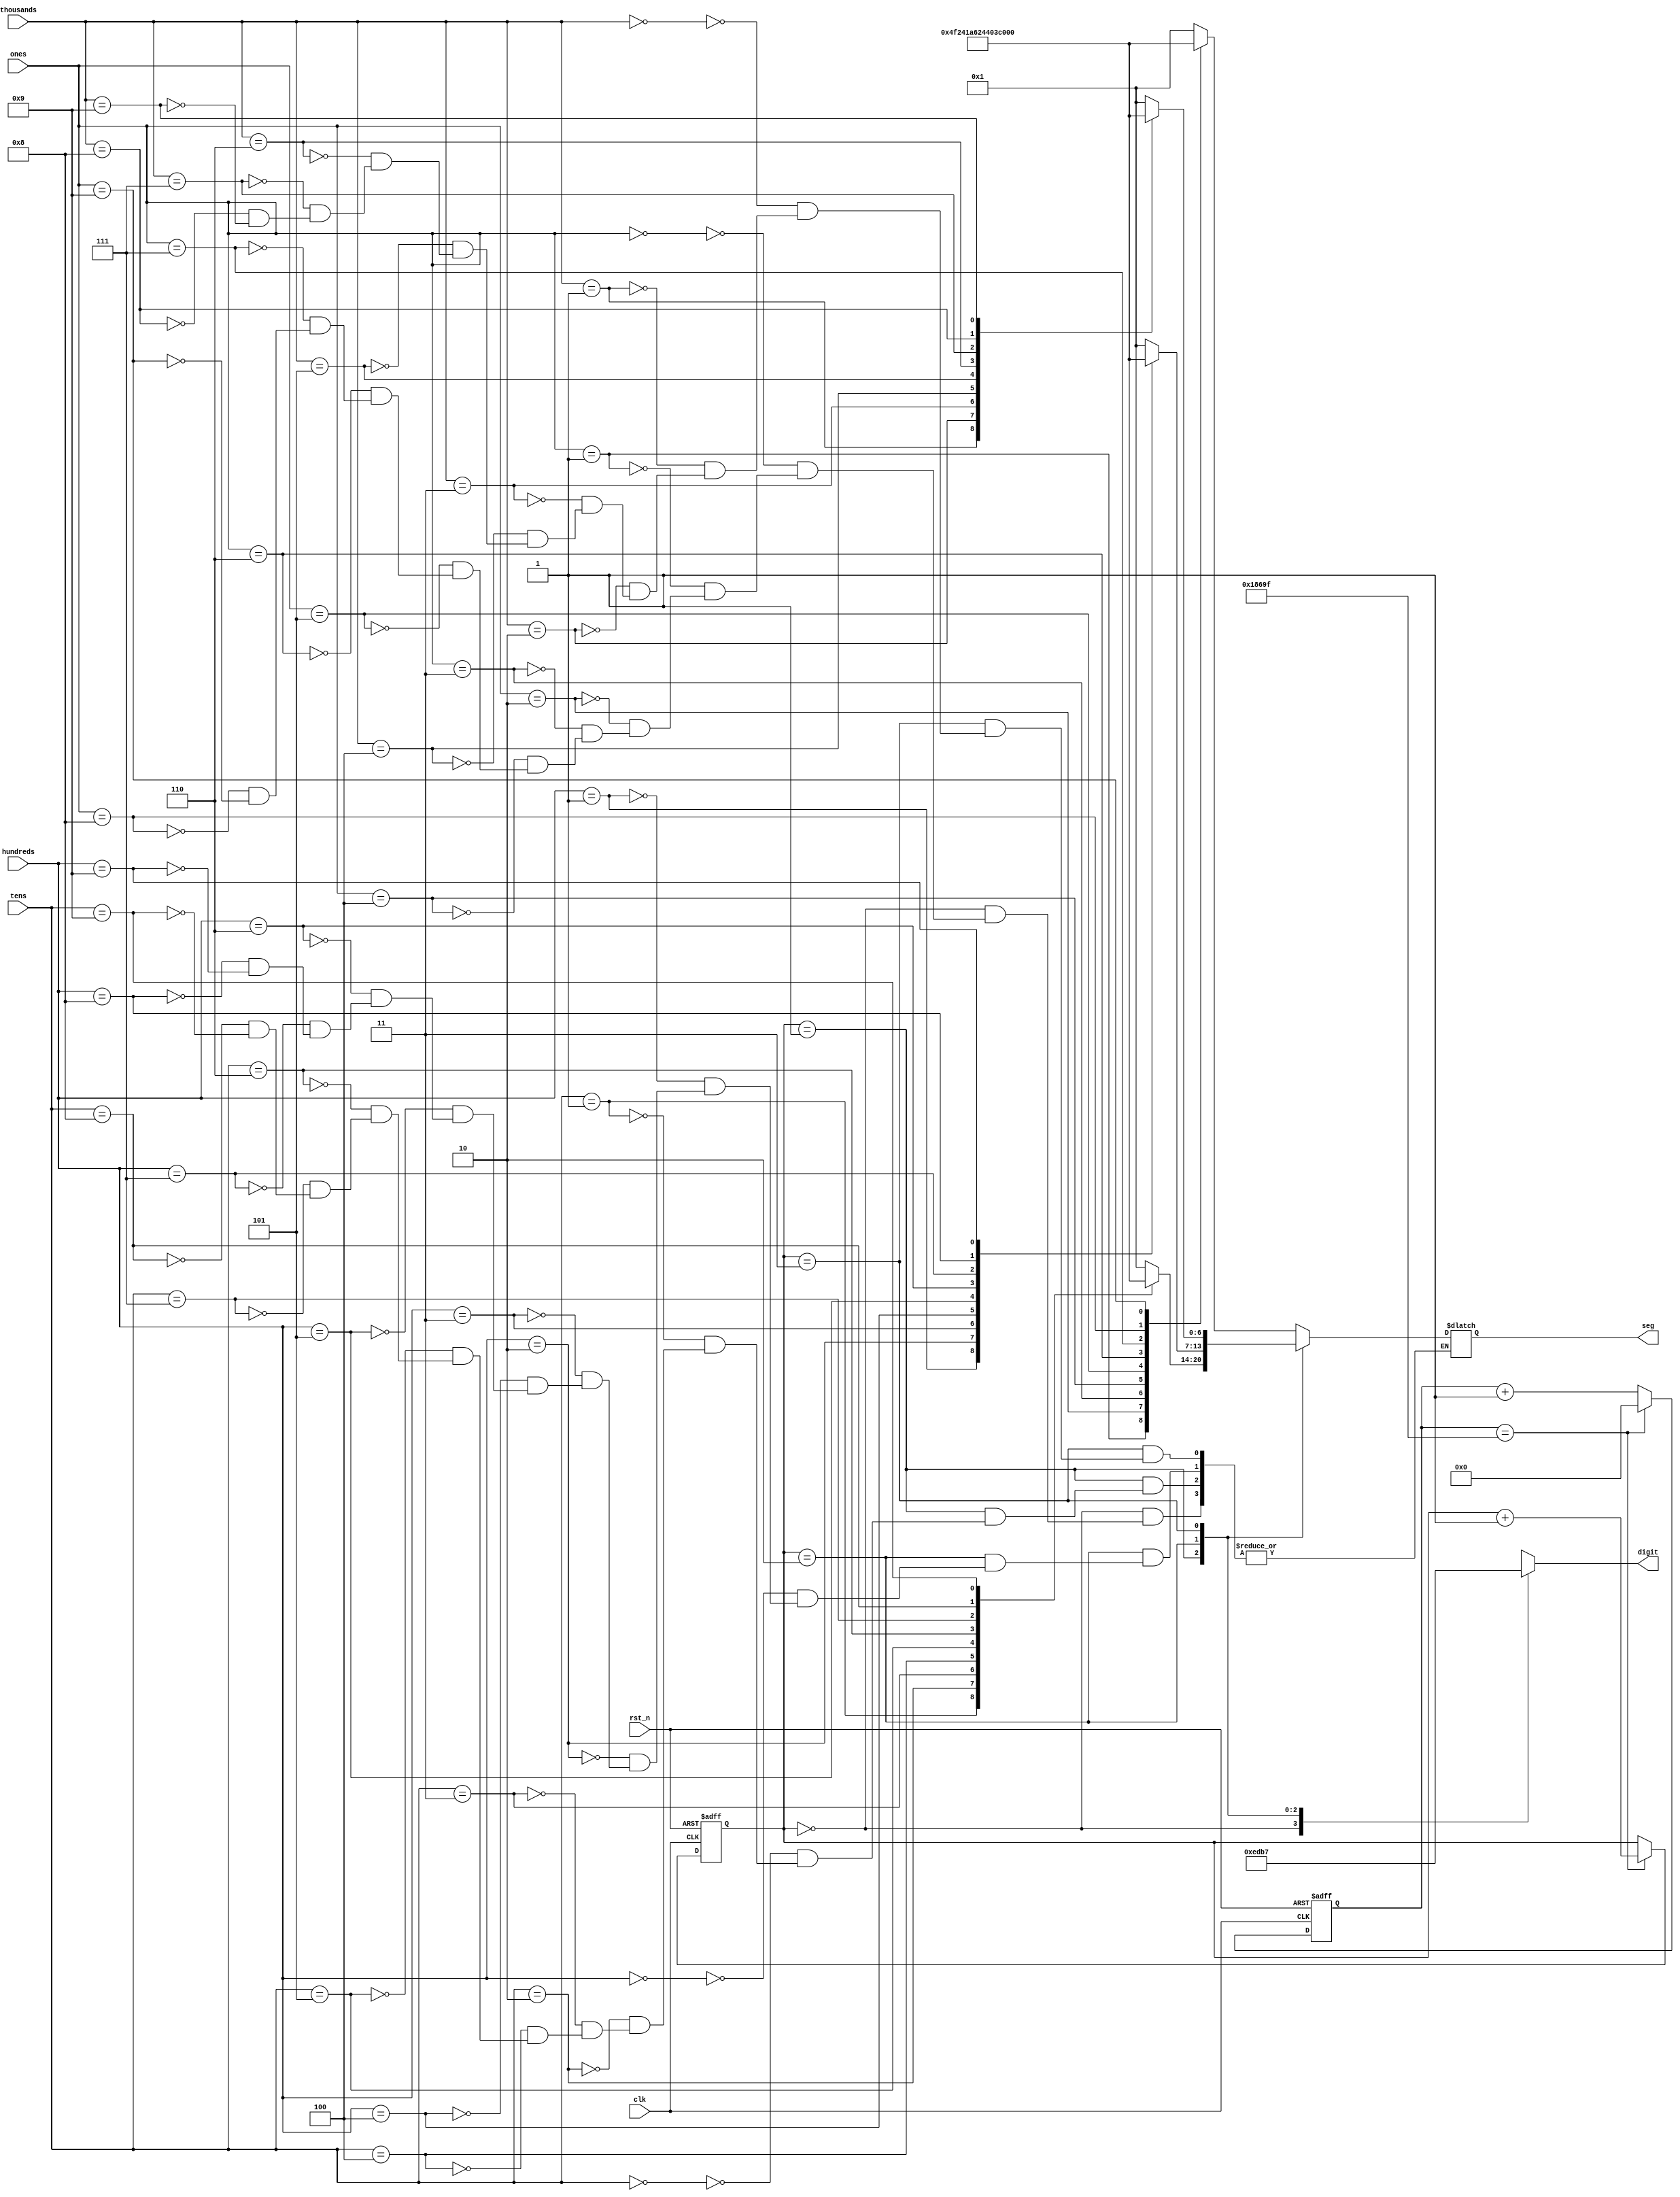
`timescale 1ns / 1ps
//////////////////////////////////////////////////////////////////////////////////
// Company: 
// Engineer: 
// 
// Design Name: 
// Module Name: seg7_control
// Project Name: 
// Target Devices: 
// Tool Versions: 
// Description: 
// 
// Dependencies: 
// 
// Revision:
// Revision 0.01 - File Created
// Additional Comments:
// 
//////////////////////////////////////////////////////////////////////////////////

module seg7_control(
    input clk,
    input rst_n,
    input [3:0] ones,
    input [3:0] tens,
    input [3:0] hundreds,
    input [3:0] thousands,
    output reg [0:6] seg,       // segment pattern 0-9
    output reg [3:0] digit      // digit select signals
    );
    
    // Parameters for segment patterns
    parameter ZERO  = 7'b000_0001;  // 0
    parameter ONE   = 7'b100_1111;  // 1
    parameter TWO   = 7'b001_0010;  // 2 
    parameter THREE = 7'b000_0110;  // 3
    parameter FOUR  = 7'b100_1100;  // 4
    parameter FIVE  = 7'b010_0100;  // 5
    parameter SIX   = 7'b010_0000;  // 6
    parameter SEVEN = 7'b000_1111;  // 7
    parameter EIGHT = 7'b000_0000;  // 8
    parameter NINE  = 7'b000_0100;  // 9
    
    // To select each digit in turn
    reg [1:0] digit_select;     // 2 bit counter for selecting each of 4 digits
    reg [16:0] digit_timer;     // counter for digit refresh
    
    // Logic for controlling digit select and digit timer
    always @(posedge clk or posedge rst_n) begin
        if(rst_n) begin
            digit_select <= 0;
            digit_timer <= 0; 
        end
        else                                        // 1ms x 4 displays = 4ms refresh period
            if(digit_timer == 99_999) begin         // The period of 100MHz clock is 10ns (1/100,000,000 seconds)
                digit_timer <= 0;                   // 10ns x 100,000 = 1ms
                digit_select <=  digit_select + 1;
            end
            else
                digit_timer <=  digit_timer + 1;
    end
    
    // Logic for driving the 4 bit anode output based on digit select
    always @(digit_select) begin
        case(digit_select) 
            2'b00 : digit = 4'b1110;   // Turn on ones digit
            2'b01 : digit = 4'b1101;   // Turn on tens digit
            2'b10 : digit = 4'b1011;   // Turn on hundreds digit
            2'b11 : digit = 4'b0111;   // Turn on thousands digit
        endcase
    end
    
    // Logic for driving segments based on which digit is selected and the value of each digit
    always @*
        case(digit_select)
            2'b00 : begin       // ONES DIGIT
                        case(ones)
                            4'b0000 : seg = ZERO;
                            4'b0001 : seg = ONE;
                            4'b0010 : seg = TWO;
                            4'b0011 : seg = THREE;
                            4'b0100 : seg = FOUR;
                            4'b0101 : seg = FIVE;
                            4'b0110 : seg = SIX;
                            4'b0111 : seg = SEVEN;
                            4'b1000 : seg = EIGHT;
                            4'b1001 : seg = NINE;
                        endcase
                    end
                    
            2'b01 : begin       // TENS DIGIT
                        case(tens)
                            4'b0000 : seg = ZERO;
                            4'b0001 : seg = ONE;
                            4'b0010 : seg = TWO;
                            4'b0011 : seg = THREE;
                            4'b0100 : seg = FOUR;
                            4'b0101 : seg = FIVE;
                            4'b0110 : seg = SIX;
                            4'b0111 : seg = SEVEN;
                            4'b1000 : seg = EIGHT;
                            4'b1001 : seg = NINE;
                        endcase
                    end
                    
            2'b10 : begin       // HUNDREDS DIGIT
                        case(hundreds)
                            4'b0000 : seg = ZERO;
                            4'b0001 : seg = ONE;
                            4'b0010 : seg = TWO;
                            4'b0011 : seg = THREE;
                            4'b0100 : seg = FOUR;
                            4'b0101 : seg = FIVE;
                            4'b0110 : seg = SIX;
                            4'b0111 : seg = SEVEN;
                            4'b1000 : seg = EIGHT;
                            4'b1001 : seg = NINE;
                        endcase
                    end
                    
            2'b11 : begin       // MINUTES ONES DIGIT
                        case(thousands)
                            4'b0000 : seg = ZERO;
                            4'b0001 : seg = ONE;
                            4'b0010 : seg = TWO;
                            4'b0011 : seg = THREE;
                            4'b0100 : seg = FOUR;
                            4'b0101 : seg = FIVE;
                            4'b0110 : seg = SIX;
                            4'b0111 : seg = SEVEN;
                            4'b1000 : seg = EIGHT;
                            4'b1001 : seg = NINE;
                        endcase
                    end
        endcase

endmodule